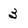
Character: 3